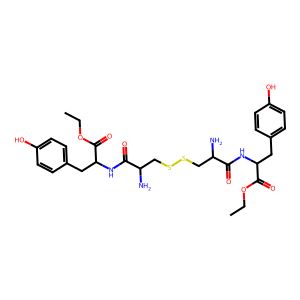
SMILES: CCOC(=O)C(Cc1ccc(O)cc1)NC(=O)C(N)CSSCC(N)C(=O)NC(Cc1ccc(O)cc1)C(=O)OCC
Inhibits HIV replication: No